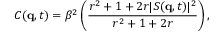
C ( \mathbf { q } , t ) = \beta ^ { 2 } \left( \frac { r ^ { 2 } + 1 + 2 r | S ( \mathbf { q } , t ) | ^ { 2 } } { r ^ { 2 } + 1 + 2 r } \right) ,